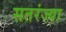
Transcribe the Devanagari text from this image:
सतरंज्या